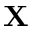
\mathbf { X }